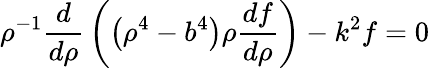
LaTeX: \rho^{-1}{\frac{d}{d\rho}}\left(\left(\rho^{4}-b^{4}\right)\rho{\frac{df}{d\rho}}\right)-k^{2}f=0